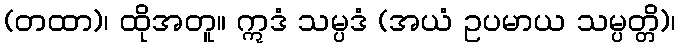
(တထာ)၊ ထိုအတူ။ ဣဒံ သမ္ပဒံ (အယံ ဥပမာယ သမ္ပတ္တိ)၊